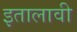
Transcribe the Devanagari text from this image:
इतालावी